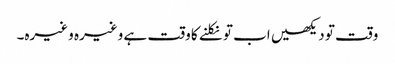
وقت تو دیکھیں اب تو نکلنے کا وقت ہے وغیرہ وغیرہ۔